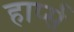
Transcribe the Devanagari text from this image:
हार्प्स